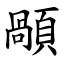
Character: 䫚